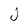
Character: J